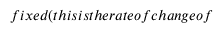
f i x e d ( t h i s i s t h e r a t e o f c h a n g e o f